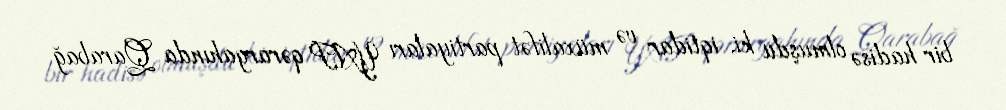
bir hadisə olmuşdu ki, iqtidar və müxalifət partiyaları YAP qərargahında Qarabağ